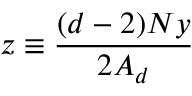
z \equiv \frac { ( d - 2 ) N y } { 2 A _ { d } }